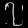
Digit: ၇